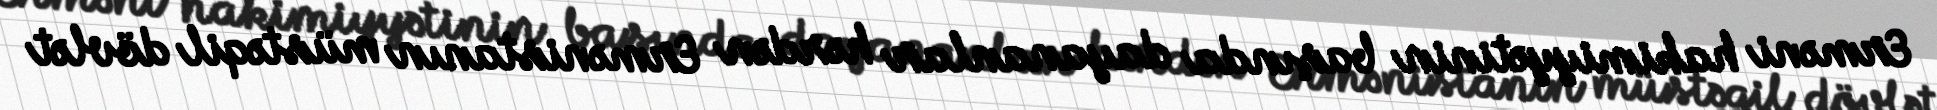
Erməni hakimiyyətinin başında dayananlar hərdən Ermənistanın müstəqil dövlət